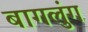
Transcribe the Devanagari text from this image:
बागलुंग